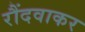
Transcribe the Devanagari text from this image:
रौंदवाकर